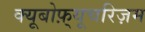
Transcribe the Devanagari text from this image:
क्यूबोफ़्यूचरिज़म